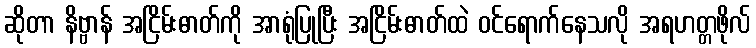
ဆိုတာ နိဗ္ဗာန် အငြိမ်းဓာတ်ကို အာရုံပြုပြီး အငြိမ်းဓာတ်ထဲ ဝင်ရောက်နေသလို အရဟတ္တဖိုလ်